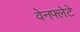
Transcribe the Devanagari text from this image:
वेनफ्लेटे